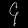
Digit: ၄